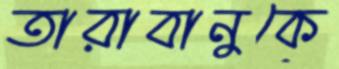
তারাবানুকে